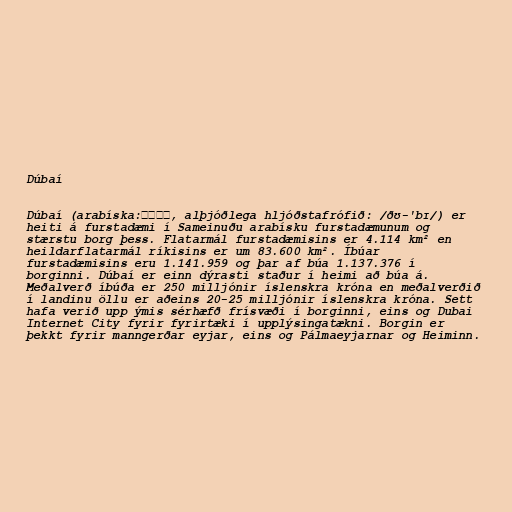
Dúbaí

Dúbaí (arabíska:دبيّ, alþjóðlega hljóðstafrófið: /ðʊ-'bɪ/) er
heiti á furstadæmi í Sameinuðu arabísku furstadæmunum og
stærstu borg þess. Flatarmál furstadæmisins er 4.114 km² en
heildarflatarmál ríkisins er um 83.600 km². Íbúar
furstadæmisins eru 1.141.959 og þar af búa 1.137.376 í
borginni. Dúbaí er einn dýrasti staður í heimi að búa á.
Meðalverð íbúða er 250 milljónir íslenskra króna en meðalverðið
í landinu öllu er aðeins 20-25 milljónir íslenskra króna. Sett
hafa verið upp ýmis sérhæfð frísvæði í borginni, eins og Dubai
Internet City fyrir fyrirtæki í upplýsingatækni. Borgin er
þekkt fyrir manngerðar eyjar, eins og Pálmaeyjarnar og Heiminn.